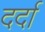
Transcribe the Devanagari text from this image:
दर्दा